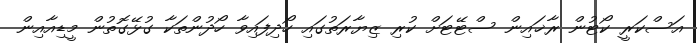
އަސްކަރީ ކޯޓުން ރާޚައިން ސްޓޭޓަށް ކުރި ޒިޔާރަތުގައި ހޯދިފައިވާ ހޯދުންތަކާ ގުޅޭގޮތުން މީޑިއާއިން